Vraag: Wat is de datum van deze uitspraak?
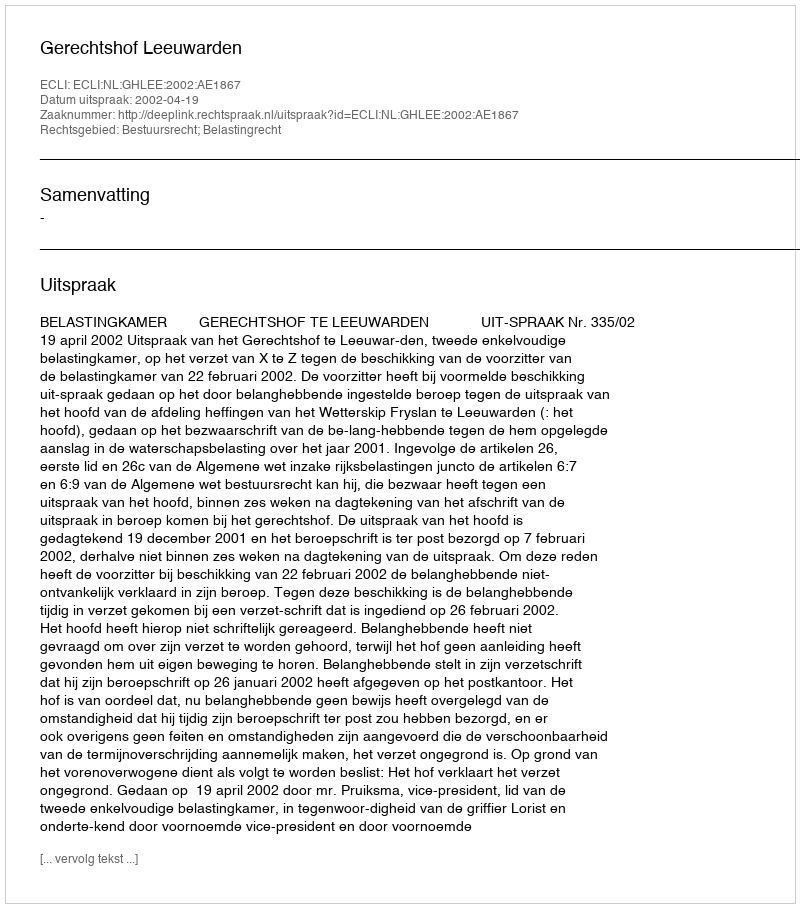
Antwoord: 2002-04-19